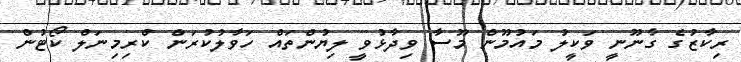
ރިކާޒުގެ ގާނޫނީ ވަކީލު މައުމޫން މޫސާ ވިދާޅުވީ ލިޔުންތައް ހަވާލުކުރަން ކްރިމިނަލް ކޯޓުން